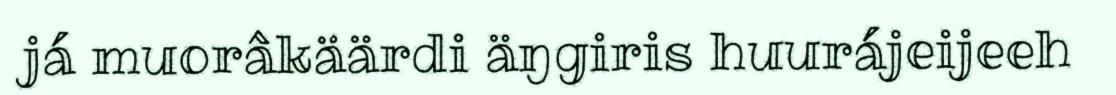
já muorâkäärdi äŋgiris huurájeijeeh